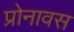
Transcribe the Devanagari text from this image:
प्रोनावस